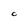
Character: C